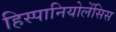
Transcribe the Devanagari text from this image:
हिस्पानियोलेंसिस